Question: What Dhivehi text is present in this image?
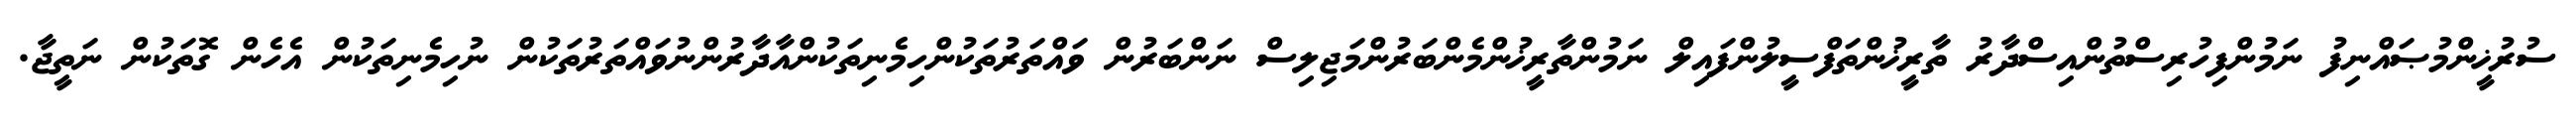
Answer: ސުރުޚީންމުޞައްނިފު ނަމުންފިހުރިސްތުންއިސްދާރު ތާރީޚުންތަފްސީލުންފައިލް ނަމުންތާރީޚުންމެންބަރުންމަޖިލިސް ނަންބަރުން ވައްތަރުތަކުންހިމެނިތަކުންއާދާރުންނުވައްތަރުތަކުން ނުހިމެނިތަކުން އެހެން ގޮތަކުން ނަތީޖާ.